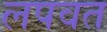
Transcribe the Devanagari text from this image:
लपवत